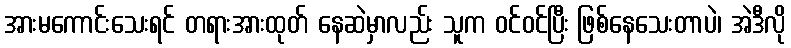
အားမကောင်းသေးရင် တရားအားထုတ် နေဆဲမှာလည်း သူက ဝင်ဝင်ပြီး ဖြစ်နေသေးတာပဲ၊ အဲဒီလို